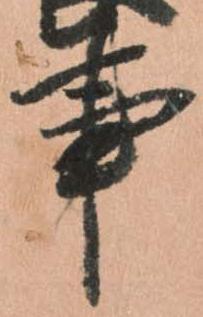
事